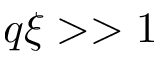
q \xi > > 1